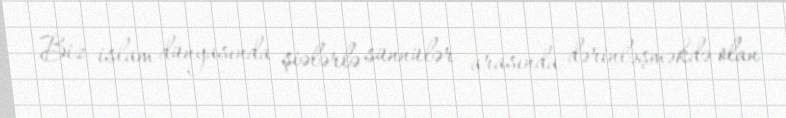
Biz islam dünyasında şiələrlə sünnülər arasında dərinləşməkdə olan